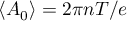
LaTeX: \left\langle A _ { 0 } \right\rangle = { 2 \pi n T } / { e }